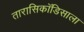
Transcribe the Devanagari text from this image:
तारासिकॉडिसाला